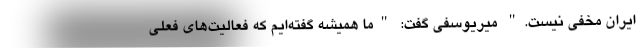
ایران مخفی نیست." میریوسفی گفت: "ما همیشه گفته‌ایم که فعالیت‌های فعلی